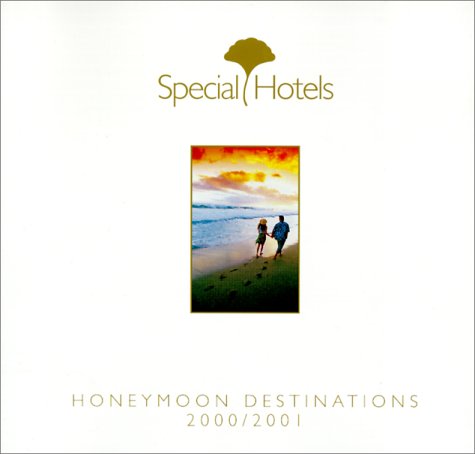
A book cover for Special Hotels Honeymoon Destinations 2000-2001; Special Hotels; Crafts, Hobbies & Home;